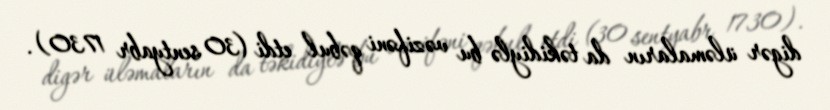
digər üləmaların da təkidiylə bu vəzifəni qəbul etdi (30 sentyabr 1730).